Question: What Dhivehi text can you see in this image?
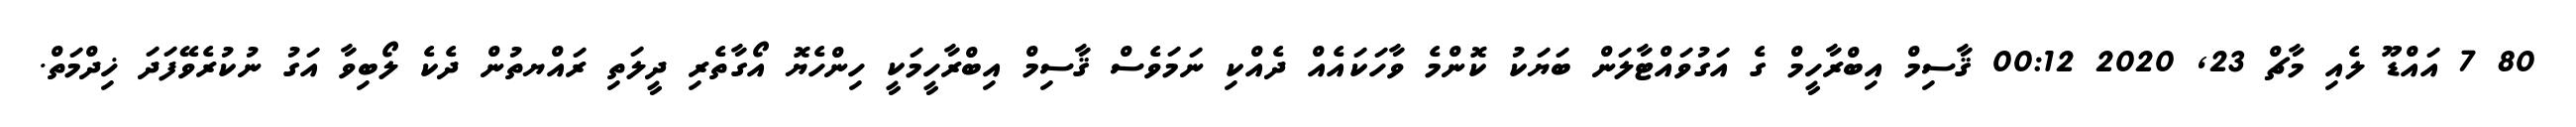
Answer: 80 7 އައްޑޫ ލެއި މާޗް 23, 2020 00:12 ޤާސިމް އިބްރާހީމް ގެ އަގުވައްޓާލަން ބަޔަކު ކޮންމެ ވާހަކައެއް ދެއްކި ނަމަވެސް ޤާސިމް އިބްރާހީމަކީ ހިންހެޔޮ އޯގާތެރި ދީލަތި ރައްޔތުން ދެކެ ލޯބިވާ އަގު ނުކުރެވޭފަދަ ޚިދްމަތް.